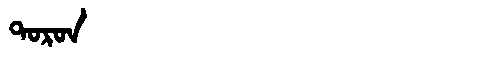
Manchu: ᡨᠣᡵᠣᠨ
Romanization: TORON